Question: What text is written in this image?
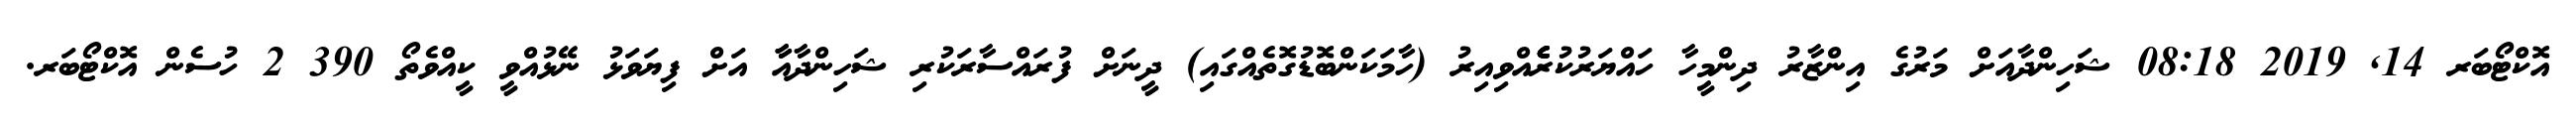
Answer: އޮކްޓޯބަރ 14, 2019 08:18 ޝަހިންދާއަށް މަރުގެ އިންޒާރު ދިންމީހާ ހައްޔަރުކުރެެެެެއްވިއިރު (ހާމަކަންބޮޑުގޮތެއްގައި) ދީނަށް ފުރައްސާރަކުރި ޝަހިންދާއާާ އަށް ފިޔަވަޅު ނޭޅުއްވީ ކީއްވެތޯ 390 2 ހުސެން އޮކްޓޯބަރ.